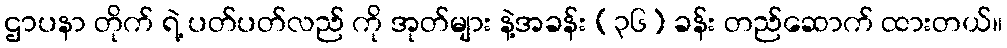
ဌာပနာ တိုက် ရဲ့ ပတ်ပတ်လည် ကို အုတ်များ နဲ့အခန်း (၃၆) ခန်း တည်ဆောက် ထားတယ်။